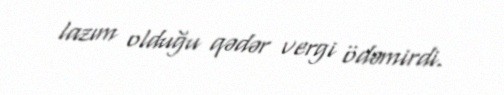
lazım olduğu qədər vergi ödəmirdi.